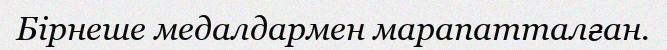
Бірнеше медалдармен марапатталған.